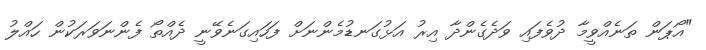
"އޯޕަން ތަނެއްވީމާ ދުވެފައި ވަދެގެންދާ އިރު އަޅުގަނޑުމެންނަށް ފަހައިގަނެވޭނީ ދެއްތޯ ފެންނަވަރަކުން ހައްލު